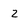
Character: 2